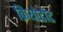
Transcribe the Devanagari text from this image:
क्रियोडोंट